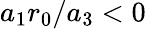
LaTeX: {a_{1}r_{0}/a_{3}<0}